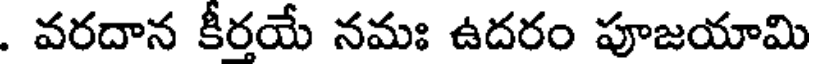
. వరదాన కీరయే నమః ఉదరం పూజయామి